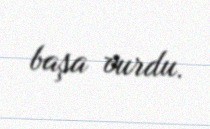
başa vurdu.